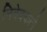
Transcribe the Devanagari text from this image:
निवेदकाने